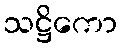
သဋ္ဌိကော